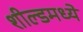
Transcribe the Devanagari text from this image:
शील्डमध्ये